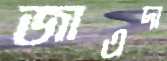
জাএদা